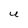
Character: U